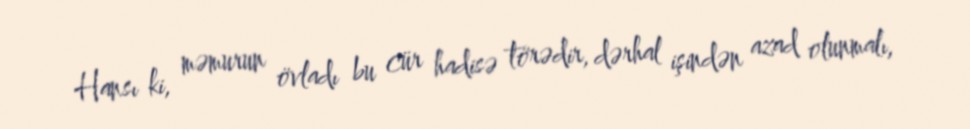
Hansı ki, məmurun övladı bu cür hadisə törədir, dərhal işindən azad olunmalı,